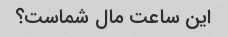
این ساعت مال شماست؟